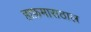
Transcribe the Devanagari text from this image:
हाफ़मासठाल